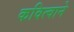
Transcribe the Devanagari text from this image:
कवित्वाने